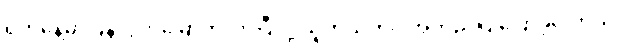
ရက်နေ့မှာပြန်လွတ်မြောက်လာပြီလို့ သူကိုယ်တိုင် အတည်ပြုပြောခဲ့ပါတယ်။